DOW-UAP-D8, Mission Report, Djibouti, 2025
Agency: Department of War
Incident location: Mediterranean Sea
Page 4
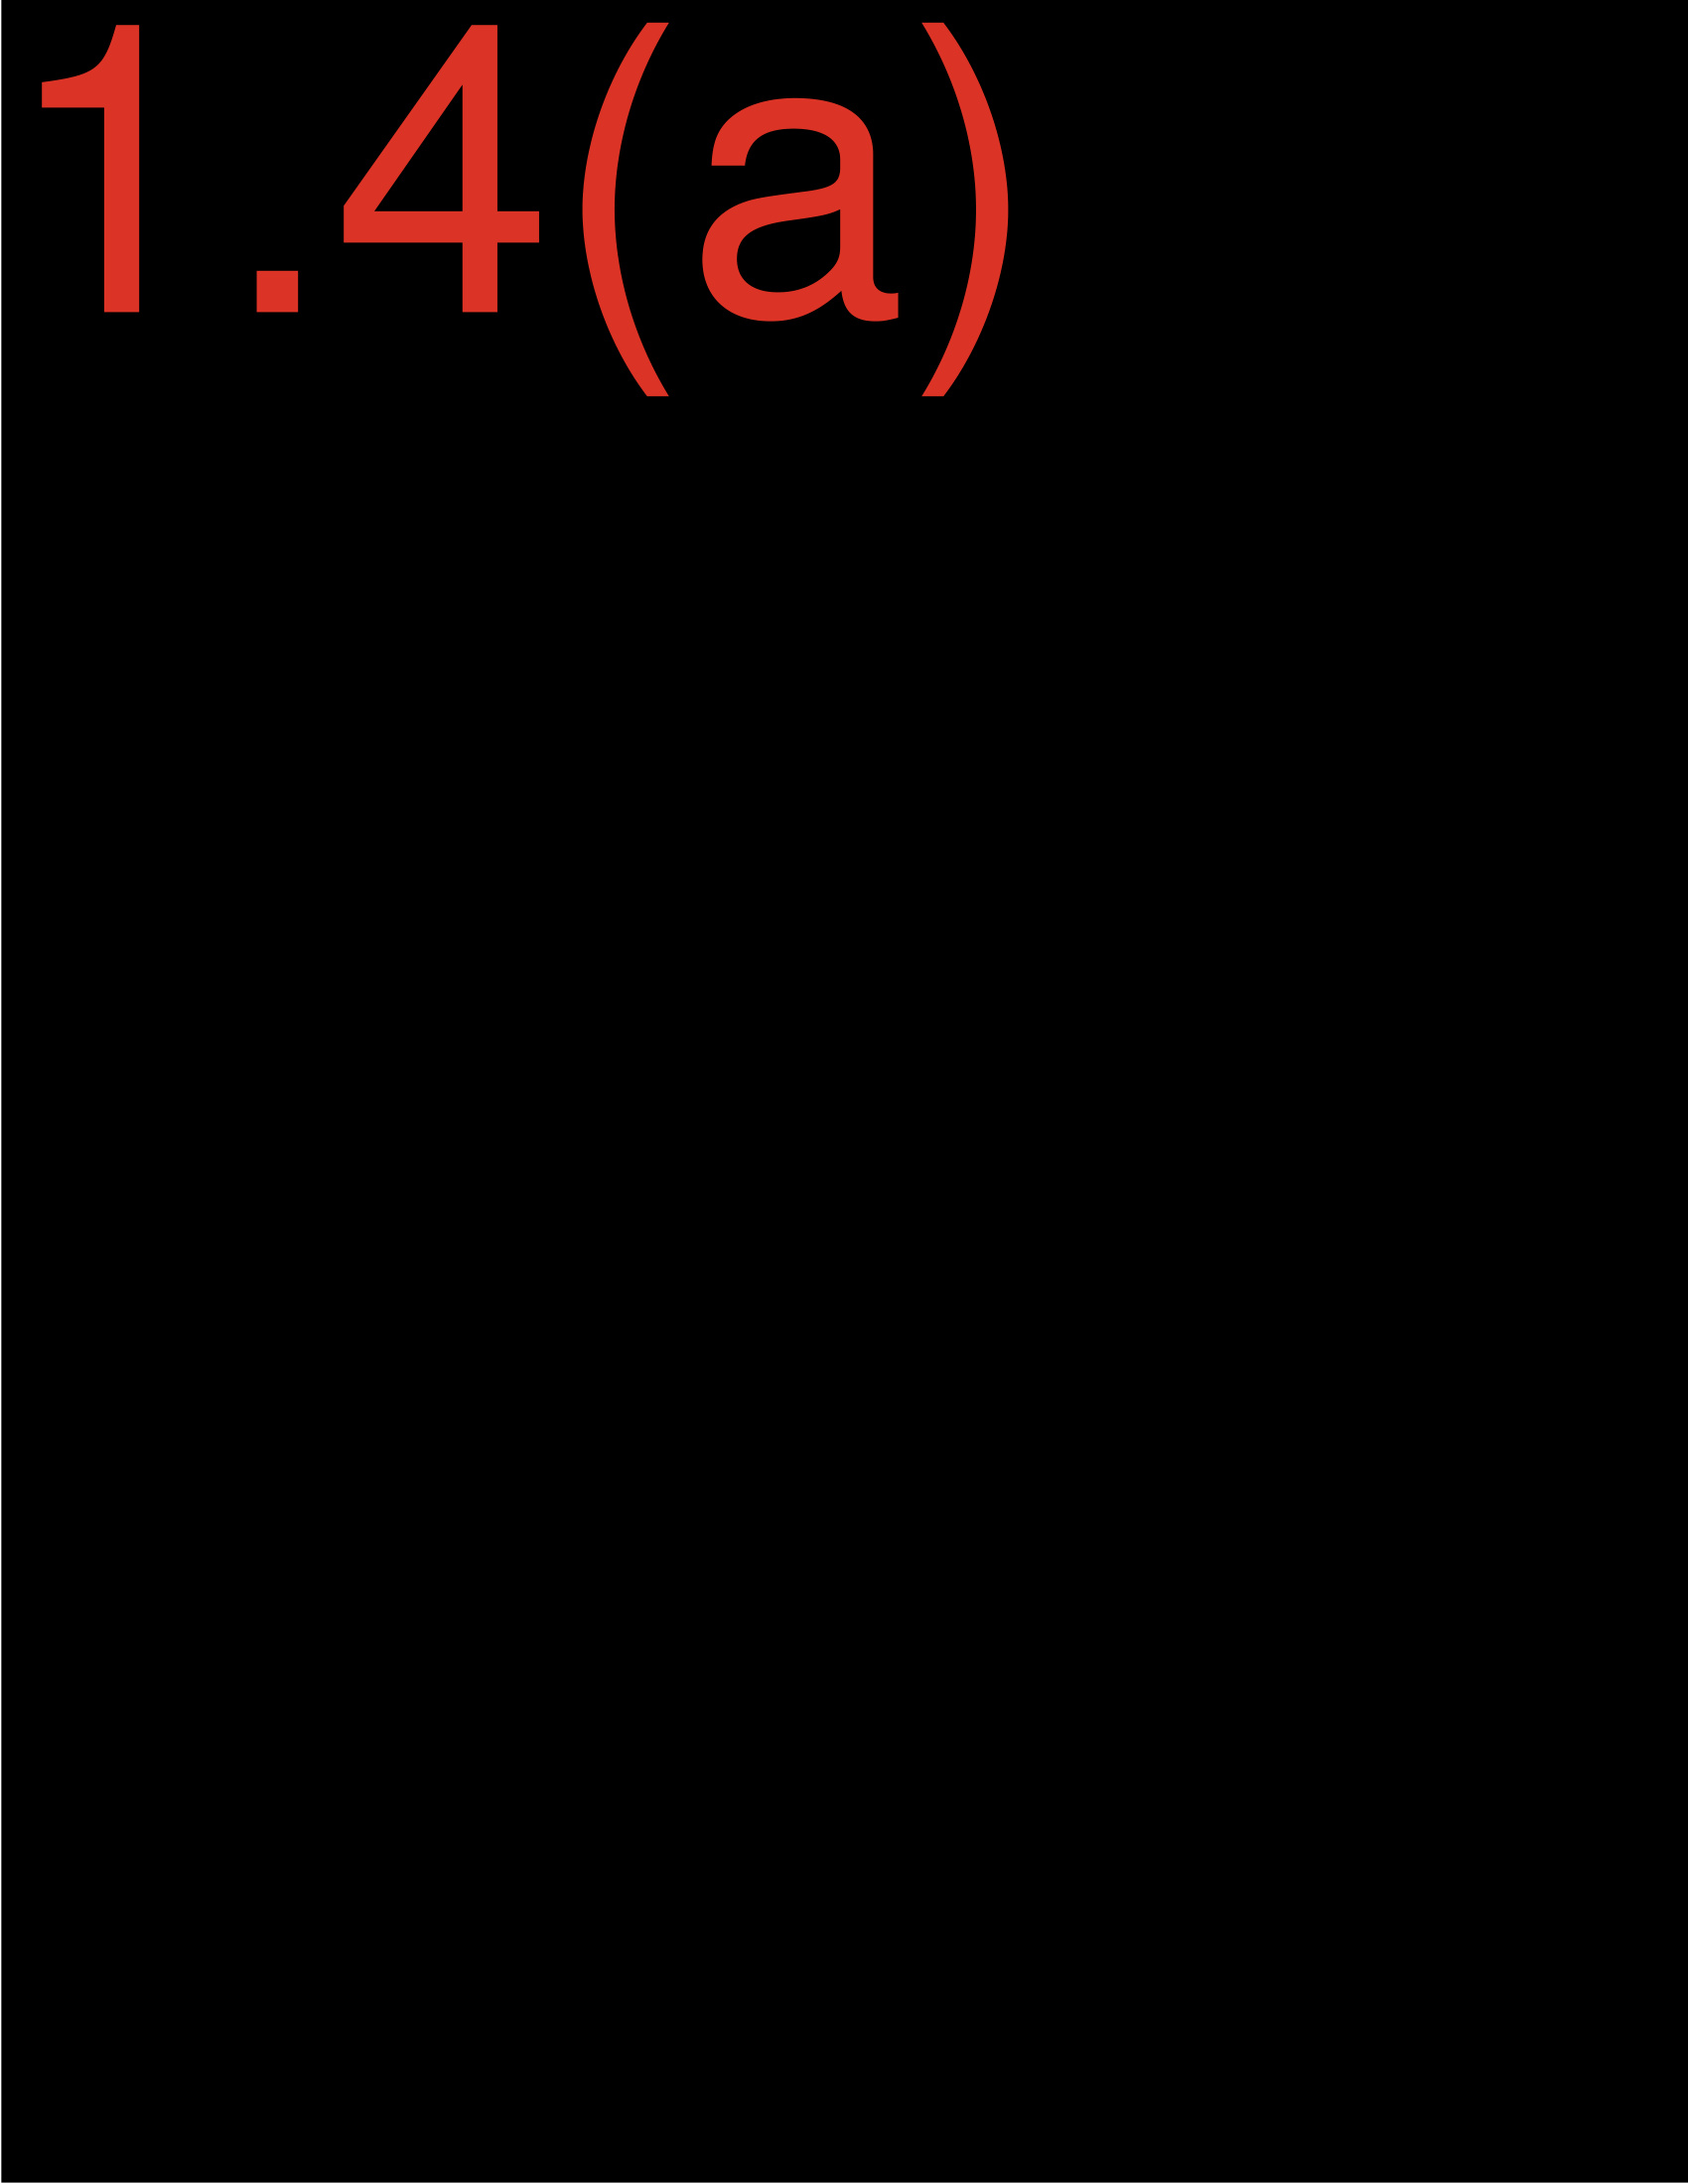